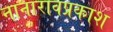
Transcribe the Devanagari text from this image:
नानारावप्रकाश